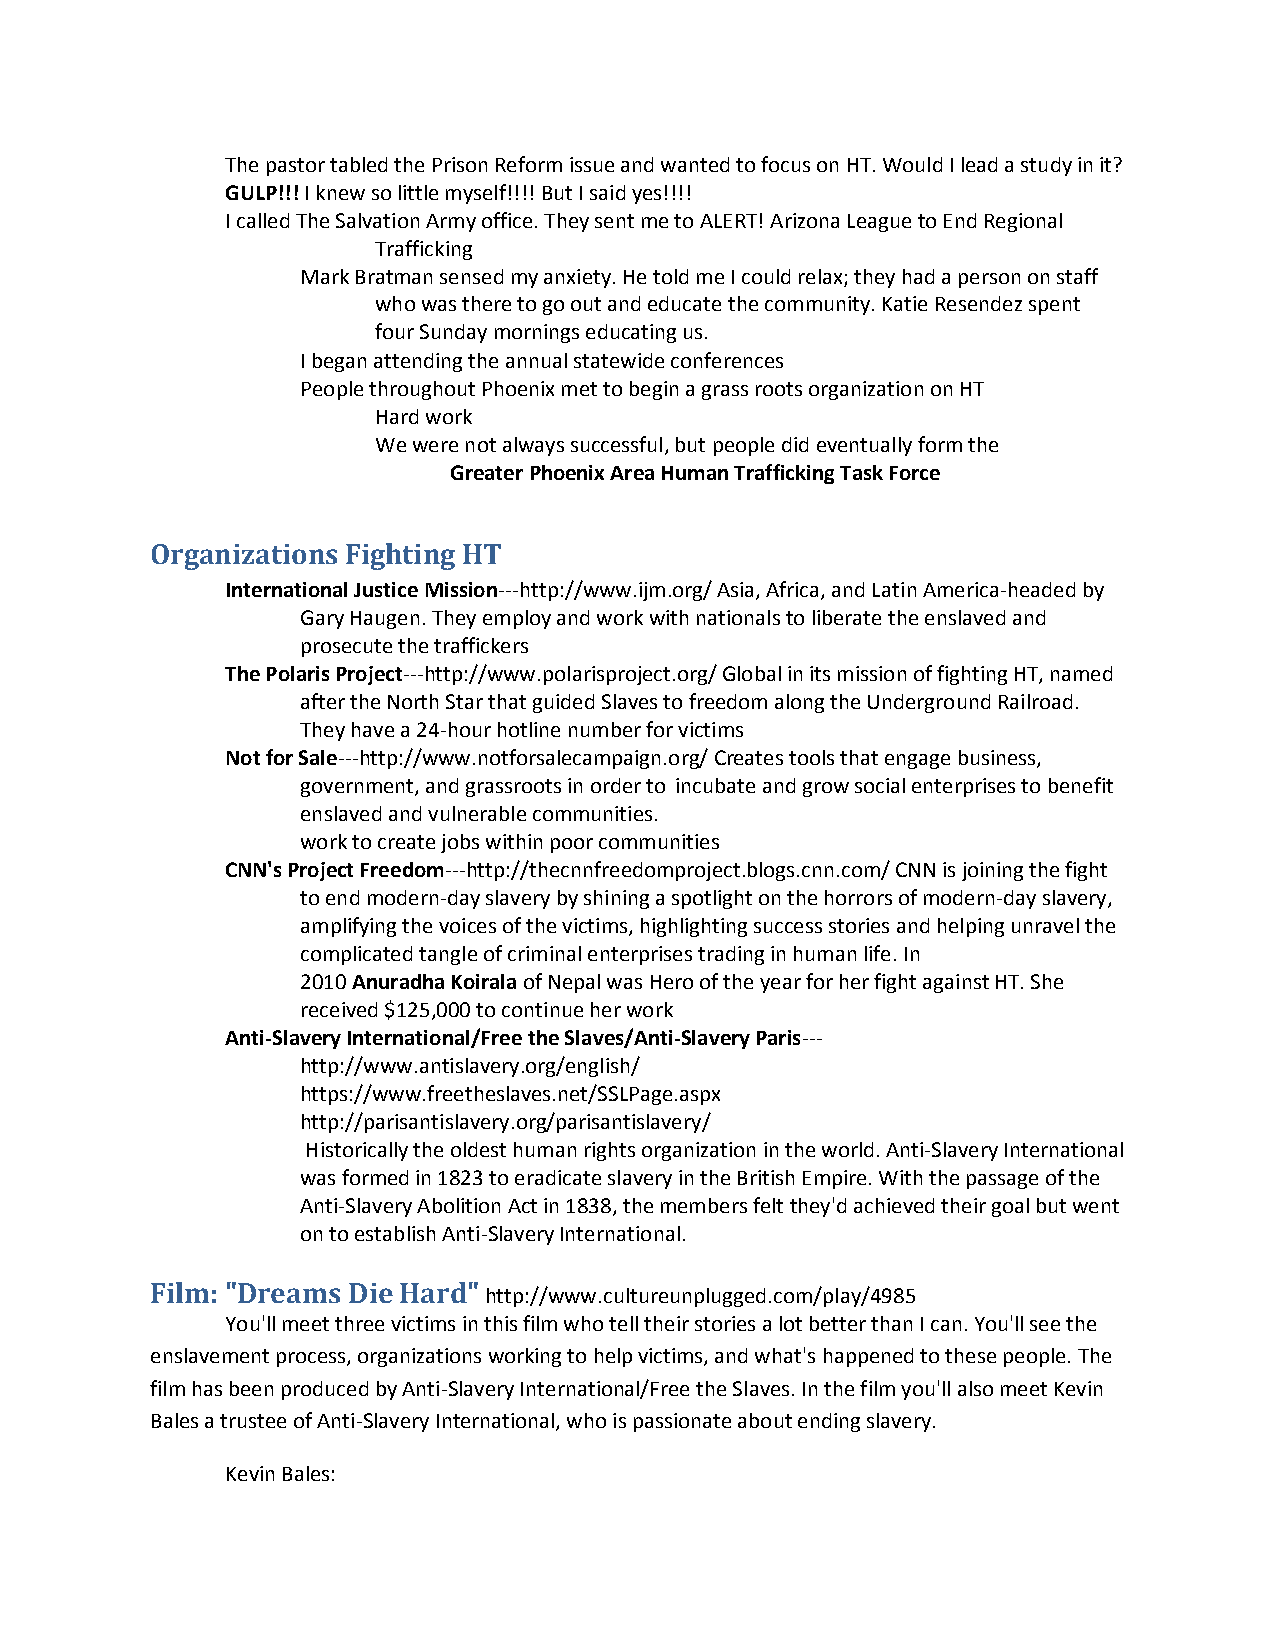
The pastor tabled the Prison Reform issue and wanted to focus on HT. Would I lead a study in it?
 GULP!!! I knew so little myself!!!! But I said yes!!!!
 I called The Salvation Army office. They sent me to ALERT! Arizona League to End Regional
 Trafficking
 Mark Bratman sensed my anxiety. He told me I could relax; they had a person on staff
 who was there to go out and educate the community. Katie Resendez spent
 four Sunday mornings educating us.
 I began attending the annual statewide conferences
 People throughout Phoenix met to begin a grass roots organization on HT
 Hard work
 We were not always successful, but people did eventually form the
 Greater Phoenix Area Human Trafficking Task Force
 Organizations Fighting HT
 International Justice Mission---http://www.ijm.org/ Asia, Africa, and Latin America-headed by
 Gary Haugen. They employ and work with nationals to liberate the enslaved and
 prosecute the traffickers
 The Polaris Project---http://www.polarisproject.org/ Global in its mission of fighting HT, named
 after the North Star that guided Slaves to freedom along the Underground Railroad.
 They have a 24-hour hotline number for victims
 Not for Sale---http://www.notforsalecampaign.org/ Creates tools that engage business,
 government, and grassroots in order to incubate and grow social enterprises to benefit
 enslaved and vulnerable communities.
 work to create jobs within poor communities
 CNN's Project Freedom---http://thecnnfreedomproject.blogs.cnn.com/ CNN is joining the fight
 to end modern-day slavery by shining a spotlight on the horrors of modern-day slavery,
 amplifying the voices of the victims, highlighting success stories and helping unravel the
 complicated tangle of criminal enterprises trading in human life. In
 2010 Anuradha Koirala of Nepal was Hero of the year for her fight against HT. She
 received $125,000 to continue her work
 Anti-Slavery International/Free the Slaves/Anti-Slavery Paris---
 http://www.antislavery.org/english/
 https://www.freetheslaves.net/SSLPage.aspx
 http://parisantislavery.org/parisantislavery/
 Historically the oldest human rights organization in the world. Anti-Slavery International
 was formed in 1823 to eradicate slavery in the British Empire. With the passage of the
 Anti-Slavery Abolition Act in 1838, the members felt they'd achieved their goal but went
 on to establish Anti-Slavery International.
 Film: "Dreams Die Hard" http://www.cultureunplugged.com/play/4985
 You'll meet three victims in this film who tell their stories a lot better than I can. You'll see the
 enslavement process, organizations working to help victims, and what's happened to these people. The
 film has been produced by Anti-Slavery International/Free the Slaves. In the film you'll also meet Kevin
 Bales a trustee of Anti-Slavery International, who is passionate about ending slavery.
 Kevin Bales: